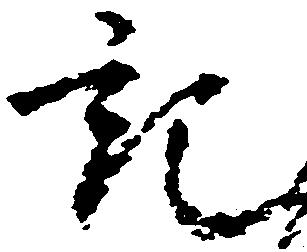
紀